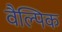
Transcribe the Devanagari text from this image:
वैल्पिक